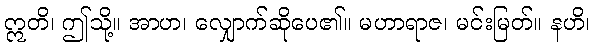
ဣတိ၊ ဤသို့။ အာဟ၊ လျှောက်ဆိုပေ၏။ မဟာရာဇ၊ မင်းမြတ်။ နဟိ၊